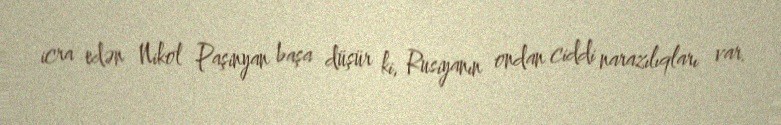
icra edən Nikol Paşinyan başa düşür ki, Rusiyanın ondan ciddi narazılıqları var.